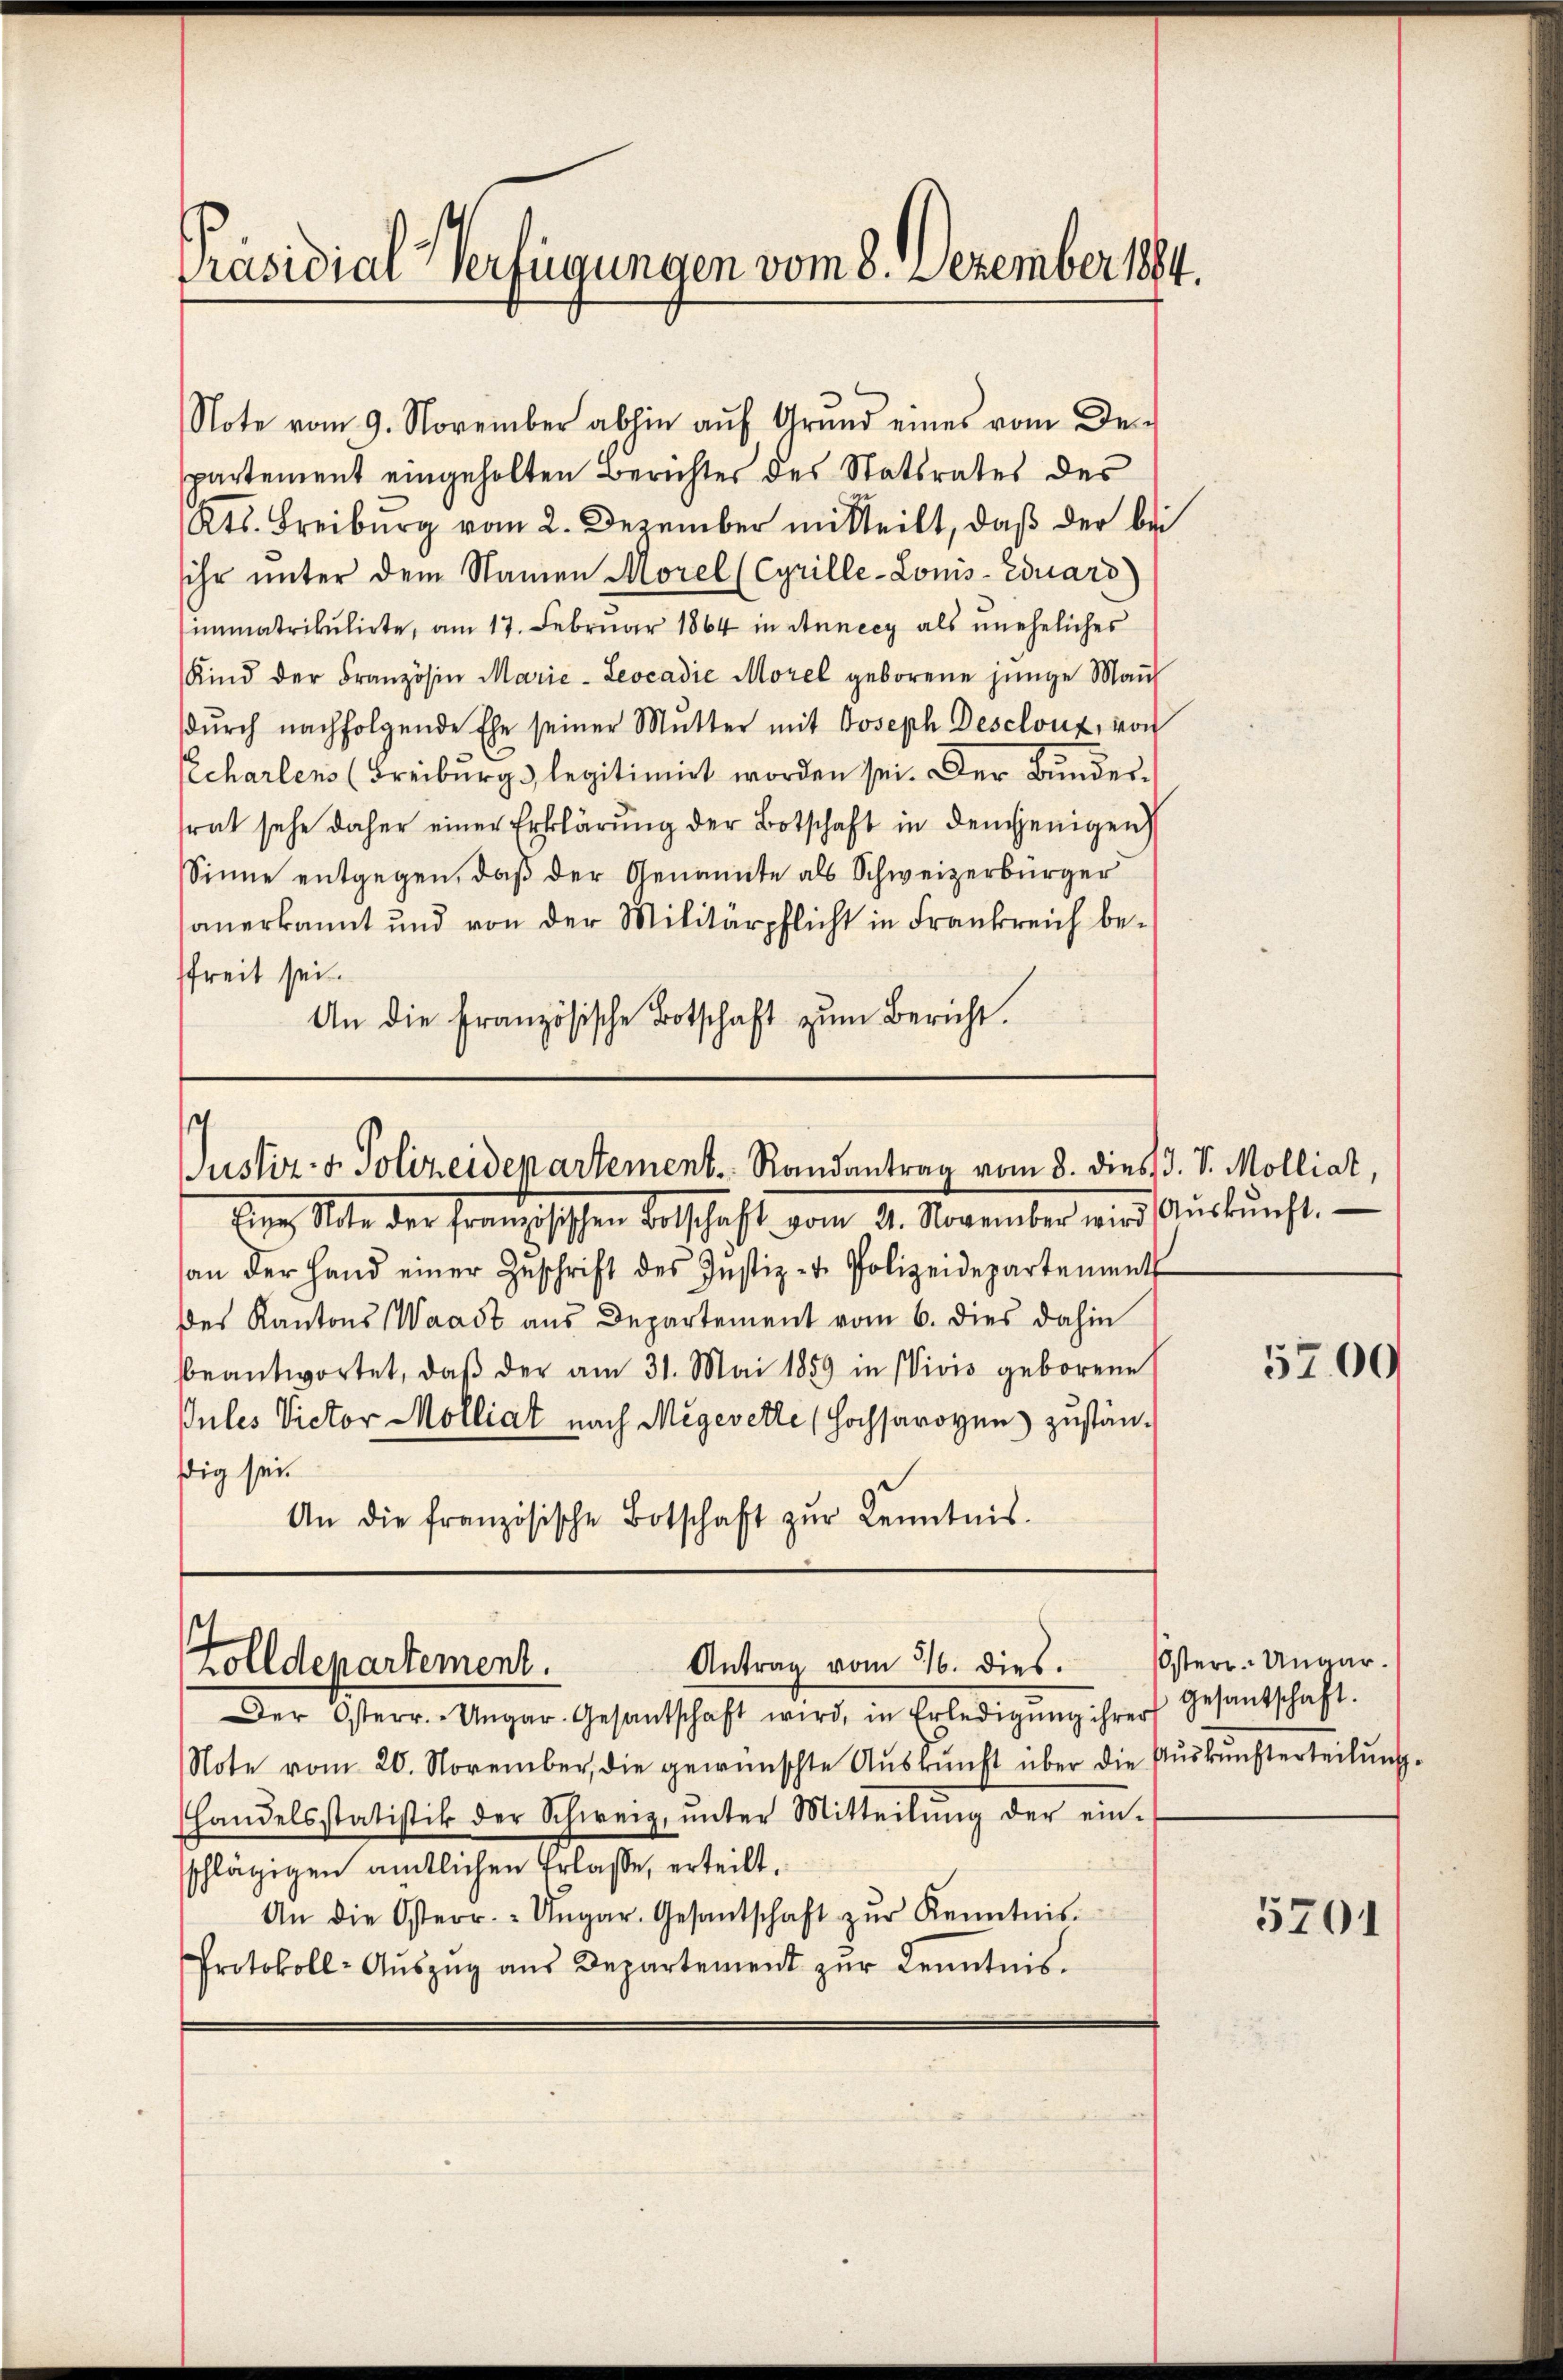
Präsidial-Verfügungen vom 8. Dezember 1884.

Note vom 9. November abhin aŭf Grŭnd eines vom De-
partement eingeholten Berichtes des Statsrates des
Kts. Freiburg vom 2. Dezember mitteilt, daß der bei
ihr unter dem Namen Morel (Cyrille-Louis-Eduard)
immatrikulirte, am 17. Februar 1864 in Annecy als uneheliches
Kind der Französin Marie-Leocadie Morel geborene jünge Maul
dŭrch nachfolgende Ehe seiner Mŭtter mit Joseph Descloux, von
Echarlens (Freiburg legitimirt worden sei. Der Bundestrat sehe daher einer Erklärung der Botschaft in demjenigen
Sinne entgegen, daß der Genannte als Schweizerbürger
anerkannt und von der Militärpflicht in Frankreich befreit sei.
An die französische Botschaft zŭm Bericht.

s
Justiz- & Polizeidepartement. Randantrag vom 8. dies d. v. Molliat,

Antrag vom 26. dies.
Tolldepartement.
Der Osterr. Ungar. Gesantschaft wird, in Erledigŭng ihrer Gesantschaft.

Eine Note der französischen Botschaft vom 21. November wird Aŭskŭnft.
an der Hand einer Zŭschrift des Instiz- u. Polizeidepartement
des Kantons Waadt aus Departement vom 6. dies dahin
bbeantwortet, daβ der am 31. Mai 1859 in Vivis geborene
Jules Victor Molliat nach Megevette (Hochsavoyen zustänßig sei.
An die französische Botschaft zŭr Kenntnis.

Note vom 20. November, die gewünschte Auskunft über die Auskunfterteilung.
handelsstatistik der Schweiz, ŭnter Mitteilŭng der ein-
schlägigen amtlichen Erlasse, erteilt.
An die Osterr. - Ungar. Gesantschaft zŭr Kenntnis.
Protokoll-Aŭszŭg aŭs Departement zŭr Kenntnis.

5700

Osterr. Ungar.

5701